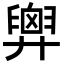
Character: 𢍱